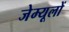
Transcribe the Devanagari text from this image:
जेम्यूलों